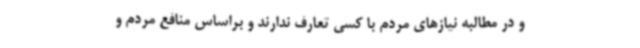
و در مطالبه نیازهای مردم با کسی تعارف ندارند و براساس منافع مردم و